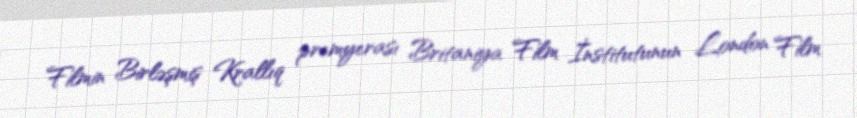
Filmin Birləşmiş Krallıq premyerası Britaniya Film İnstitutunun London Film